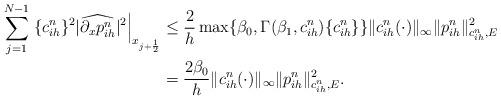
LaTeX: \begin{align*} \sum_{j=1}^{N-1} \left. \{c_{ih}^n \}^2 |\widehat{\partial_xp^n_{ih}}|^2\right|_{x_{j+\frac12}} & \leq \frac{2}{h} \max\{\beta_0, \Gamma(\beta_1, c_{ih}^n ) \{c_{ih}^n \} \} \|c_{ih}^n(\cdot)\|_\infty \|p^n_{ih}\|_{c_{ih}^n, E}^2\\ & =\frac{2\beta_0}{h}\|c_{ih}^n(\cdot)\|_\infty \|p^n_{ih}\|_{c_{ih}^n, E}^2.\end{align*}